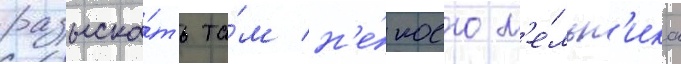
разыска́ть та́м н'е́коего м'е́льн'ика